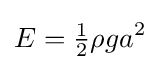
E={\tfrac {1}{2}}\rho ga^{2}